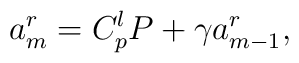
a^r_m=C_p^l P  +\gamma a^r_{m-1},